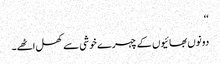
‘‘
دونوں بھائیوں کے چہرے خوشی سے کھل اٹھے۔